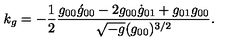
k _ { g } = - \frac { 1 } { 2 } \frac { g _ { 0 0 } \acute { g } _ { 0 0 } - 2 g _ { 0 0 } \dot { g } _ { 0 1 } + g _ { 0 1 } g _ { 0 0 } } { \sqrt { - g } ( g _ { 0 0 } ) ^ { 3 / 2 } } .